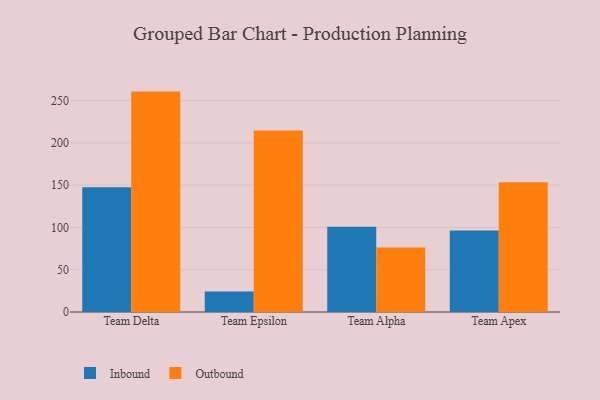
{"axis": {"x": "Team", "y": "Headcount"}, "legend": ["Inbound", "Outbound"], "data": [{"x": "Team Delta", "y": 147.5, "type": "Inbound"}, {"x": "Team Delta", "y": 260.7, "type": "Outbound"}, {"x": "Team Epsilon", "y": 24.2, "type": "Inbound"}, {"x": "Team Epsilon", "y": 214.8, "type": "Outbound"}, {"x": "Team Alpha", "y": 100.8, "type": "Inbound"}, {"x": "Team Alpha", "y": 76.3, "type": "Outbound"}, {"x": "Team Apex", "y": 96.3, "type": "Inbound"}, {"x": "Team Apex", "y": 153.4, "type": "Outbound"}]}